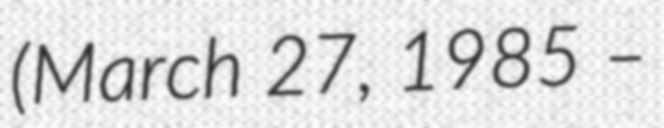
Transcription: (March 27, 1985 –